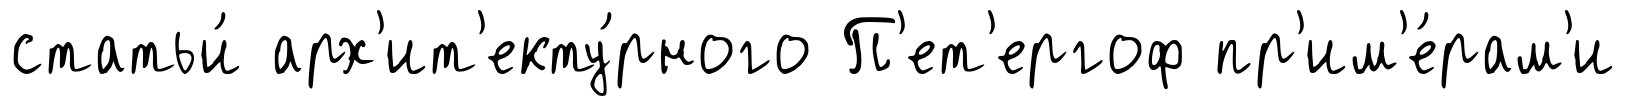
статьи́ арх'ит'екту́рного П'ет'ергоф пр'им'е́рам'и